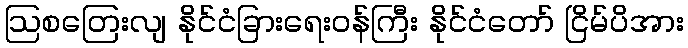
ဩစတြေးလျ နိုင်ငံခြားရေးဝန်ကြီး နိုင်ငံတော် ငြိမ်ပိအား